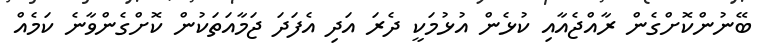
ބޭނުންކޮށްގެން ރާއްޖެއާއި ކުޅެން އުޅުމަކީ ދެރަ އަދި އެފަދަ ޖަމާއަތަކުން ކޮށްގެންވާނެ ކަމެއް